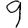
Digit: 9